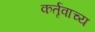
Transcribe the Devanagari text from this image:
कर्तृवाच्य